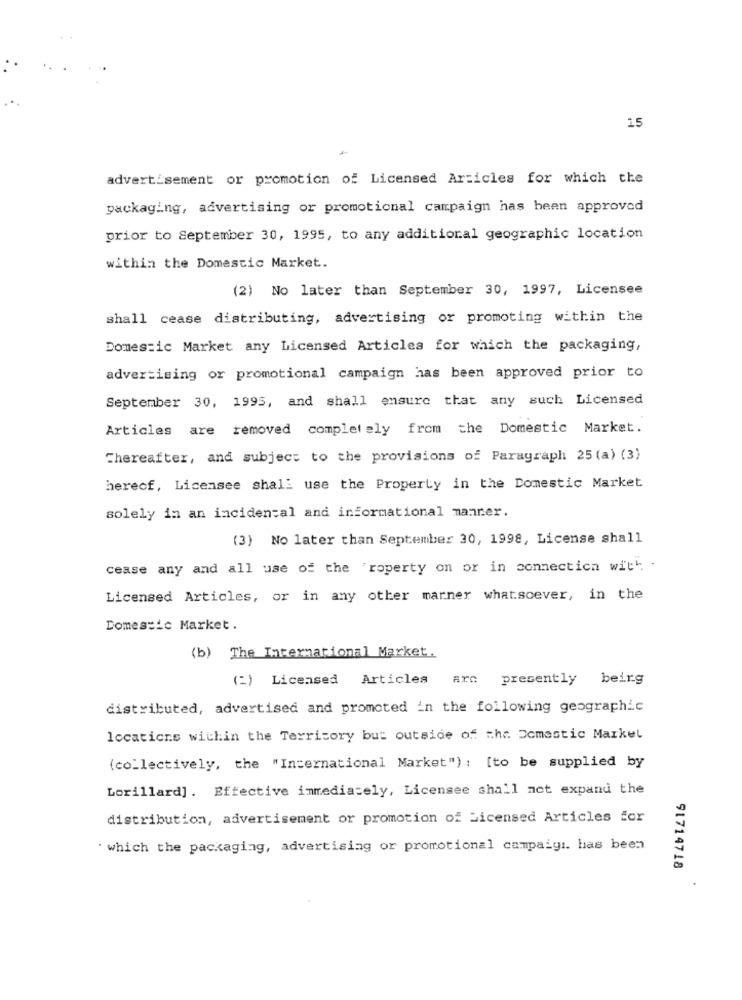
15
advertisement or promotion of Licensed Articles for which the
packaging, advertising or promotional campaign has been approved
prior to September 30, 1995, to any additional geographic location
within the Domestic Market.
(2) No later than September 30, 1997, Licensee
shall cease distributing, advertising or promoting within the
Domestic Market any Licensed Articles for which the packaging,
advertising or promotional campaign has been approved prior to
September 30, 1995, and shall ensure that any such Licensed
Articles are removed completely from the Domestic Market.
Thereafter, and subject to the provisions of Paragraph 25 (a) (3)
herecf, Licensee shall use the Property in the Domestic Market
solely in an incidental and informational manner.
(3) No later than September 30, 1998, License shall
cease any and all use of the 'roperty on or in connection with. .
Licensed Articles, or in any other marner whatsoever, in the
Domestic Market.
(b) The International Market.
(2) Licensed
Articles arc presently beirg
distributed, advertised and promoted in the following geographic
locations within the Territory but outside of the Domestic Market
(collectively, the "International Market"): [to be supplied by
Lorillard]. Effective immediately, Licensee shall not expand the
distribution, advertisement or promotion of Licensed Articles for
. which the packaging, advertising or promotional campaigı. has been
91714718